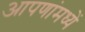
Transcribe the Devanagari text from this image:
आपणांमध्यें